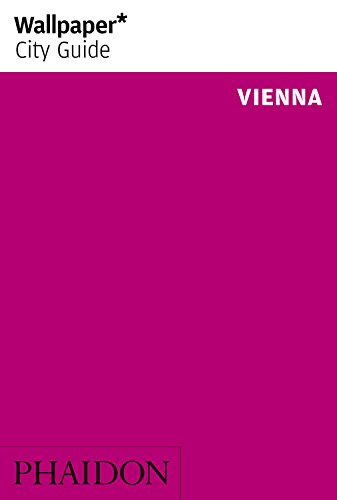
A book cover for Wallpaper* City Guide Vienna 2014 (Wallpaper City Guides); Travel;